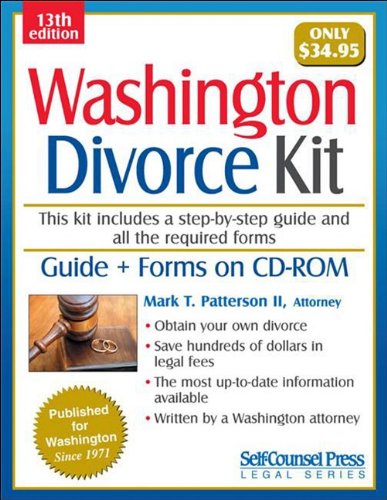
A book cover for Washington Divorce Kit; Attorney Mark T. Patterson II; Law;